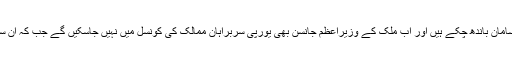
یورپی پارلیمنٹ میں برطانیہ کے 29 نمائندے اپنا سامان باندھ چکے ہیں اور اب ملک کے وزیراعظم جانسن بھی یورپی سربراہان ممالک کی کونسل میں نہیں جاسکیں گے جب کہ ان سے بریگزٹ معاملات پر بات چیت جاری رہے گی۔